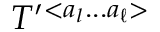
{ \cal T } ^ { \prime } { } ^ { < a _ { l } . . . a _ { \ell } > }